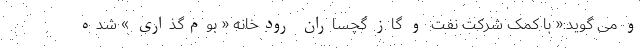
و می گوید:« با کمک شرکت نفت و گاز گچساران رودخانه « بوم‌گذاری » شده